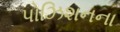
પોઝિશનના